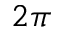
2 \pi